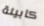
كابينة